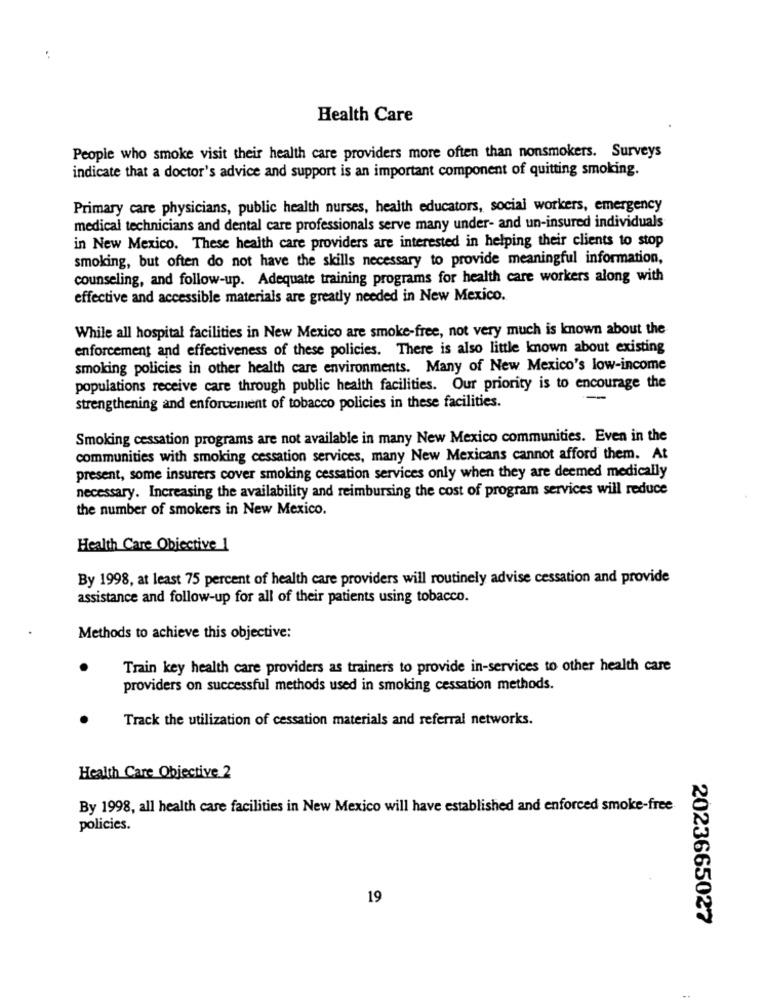
Health Care
People who smoke visit their health care providers more often than nonsmokers. Surveys
indicate that a doctor's advice and support is an important component of quitting smoking.
Primary care physicians, public health nurses, health educators, social workers, emergency
medical technicians and dental care professionals serve many under- and un-insured individuals
in New Mexico. These health care providers are interested in helping their clients to stop
smoking, but often do not have the skills necessary to provide meaningful information,
counseling, and follow-up. Adequate training programs for health care workers along with
effective and accessible materials are greatly needed in New Mexico.
While all hospital facilities in New Mexico are smoke-free, not very much is known about the
enforcement and effectiveness of these policies. There is also little known about existing
smoking policies in other health care environments. Many of New Mexico's low-income
populations receive care through public health facilities. Our priority is to encourage the
strengthening and enforcement of tobacco policies in these facilities.
Smoking cessation programs are not available in many New Mexico communities. Even in the
communities with smoking cessation services, many New Mexicans cannot afford them. At
present, some insurers cover smoking cessation services only when they are deemed medically
necessary. Increasing the availability and reimbursing the cost of program services will reduce
the number of smokers in New Mexico.
Health Care Objective 1
By 1998, at least 75 percent of health care providers will routinely advise cessation and provide
assistance and follow-up for all of their patients using tobacco.
Methods to achieve this objective:
Train key health care providers as trainers to provide in-services to other health care
providers on successful methods used in smoking cessation methods.
Track the utilization of cessation materials and referral networks.
Health Care Objective 2
By 1998, all health care facilities in New Mexico will have established and enforced smoke-free
policies.
19
2023665027